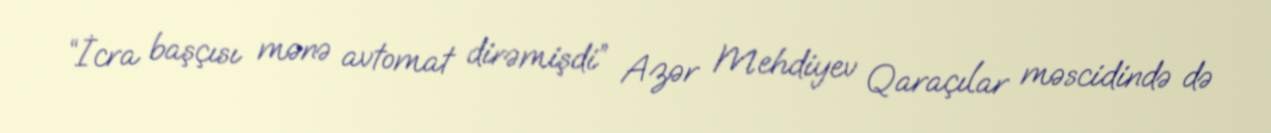
“İcra başçısı mənə avtomat dirəmişdi” Azər Mehdiyev Qaraçılar məscidində də